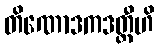
တိဏောဒကဒတ္တီဟိ